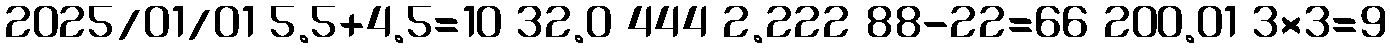
2025/01/01 5.5+4.5=10 32.0 444 2.222 88-22=66 200.01 3×3=9